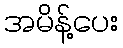
အမိန့်ပေး